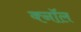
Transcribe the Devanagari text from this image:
क्नॉल